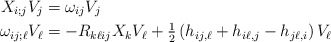
\begin{align*} X_{i;j} V_j &= \omega_{ij} V_j\\\omega_{ij;\ell} V_\ell &= - R_{k\ell ij} X_k V_\ell + \tfrac{1}{2} \left( h_{ij,\ell} + h_{i\ell, j} - h_{j\ell, i} \right) V_\ell\end{align*}